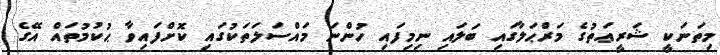
މިތަނަކީ ޝަރީޢަތުގެ މަރްޙަލާގައި ބަލައި ނިމިފައި ހުންނަ މައްސަލަތަކުގައި ކޮށްފައިވާ ޙުކުމުތައް އޭގެ